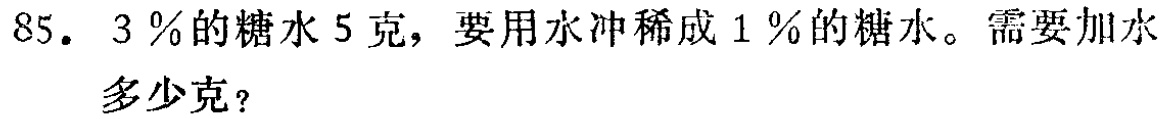
85. $3\%$的糖水$5$克，要用水冲稀成$1\%$的糖水。需要加水多少克？